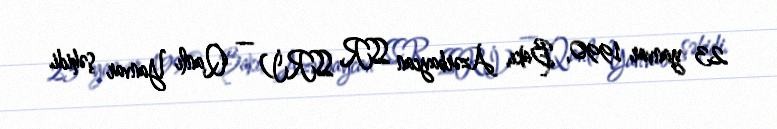
23 yanvar 1990, Bakı, Azərbaycan SSR, SSRİ) — Qanlı Yanvar şəhidi.